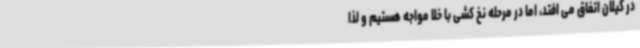
در گیلان اتفاق می افتد، اما در مرحله نخ کشی با خلا مواجه هستیم و لذا